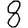
Digit: 8